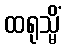
ထရုသ္မိံ